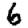
Digit: 6